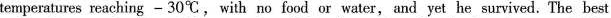
temperatures reaching - 30℃, with no food or water, and yet he survived. The best